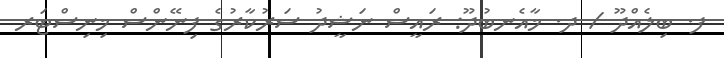
ފ. ބިލެއްދޫ / ދ. މާއެނބުދޫ: ރައީސް ނަޝީދު ސަރުކާރުގެ ފިނޭންސް މިނިސްޓަރ